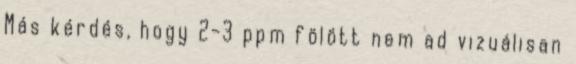
Más kérdés, hogy 2-3 ppm fölött nem ad vizuálisan